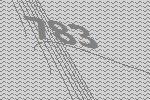
783